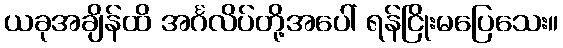
ယခုအချိန်ထိ အင်္ဂလိပ်တို့အပေါ် ရန်ငြိုးမပြေသေး။